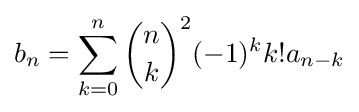
b_{n}=\sum _{k=0}^{n}{\binom {n}{k}}^{2}(-1)^{k}k!a_{n-k}